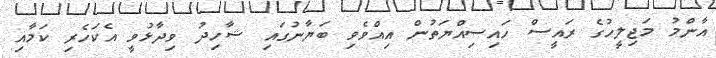
އާންމު މަޖިލީހުގެ ރައީސް ހައިސިއްޔަތުން އިއްވެވި ބަޔާނުގައި ޝާހިދު ވިދާޅުވީ އެކަހެރި ކަމާއި